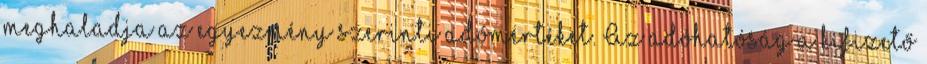
meghaladja az egyezmény szerinti adómértéket. Az adóhatóság a kifizető